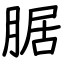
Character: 腒